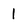
Character: I